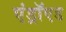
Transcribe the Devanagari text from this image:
एंड्राॅएड